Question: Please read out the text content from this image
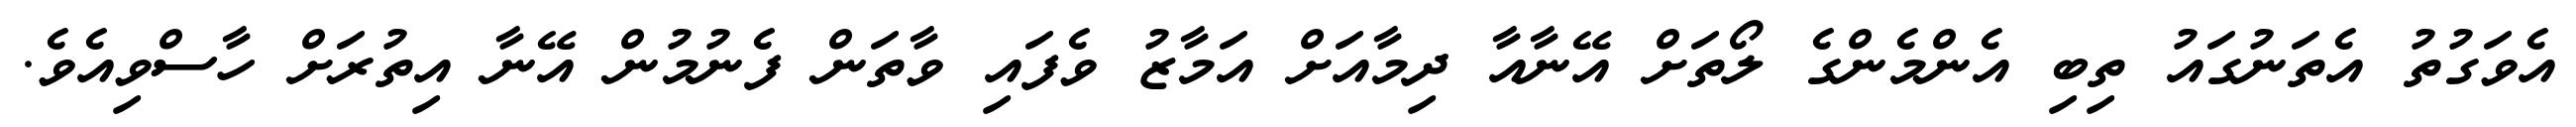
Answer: އެވަގުތު އެތަނުގައު ތިބި އެންމެންގެ ލޯތަށް އޭނާއާ ދިމާއަށް އަމާޒު ވެފައި ވާތަން ފެނުމުން އޭނާ އިތުރަށް ހާސްވިއެވެ.